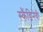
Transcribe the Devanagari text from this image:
स्कैंडिनेवी